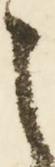
之